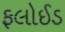
ફલોઈડ